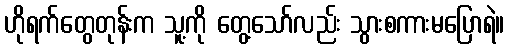
ဟိုရက်တွေတုန်းက သူ့ကို တွေ့သော်လည်း သွားစကားမပြောရဲ။